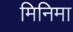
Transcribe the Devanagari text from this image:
मिनिमा